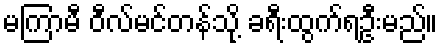
မကြာမီ ဝီလ်မင်တန်သို့ ခရီးထွက်ရဦးမည်။